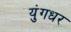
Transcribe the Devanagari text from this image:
युंगधर